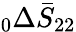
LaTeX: \phantom{}_{0}\Delta\bar{S}_{22}